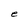
Character: e